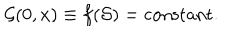
{ \cal G } ( 0 , x ) \equiv f ( { \cal S } ) = \mathrm { c o n s t a n t } .